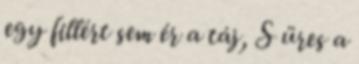
egy fillért sem ér a táj, S üres a